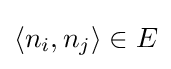
\langle n_{i},n_{j}\rangle \in E